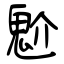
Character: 魀